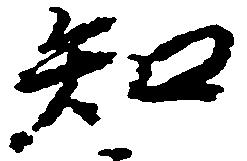
知